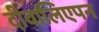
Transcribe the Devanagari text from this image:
दीवालिएपन